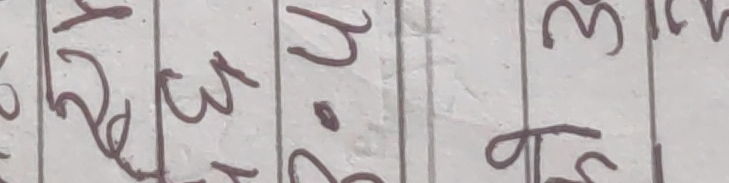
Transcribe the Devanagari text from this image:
७२३२:३५१
५६३०५४